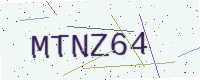
Text: MTNZ64